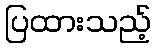
ပြထားသည့်